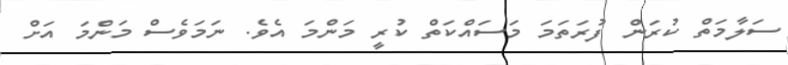
ސަލާމަތް ކުރަން ފުރަތަމަ މަސައްކަތް ކުރީ މަންމަ އެވެ. ނަމަވެސް މަންމަ އަށް